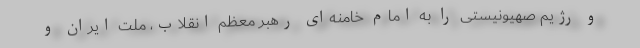
و رژیم صهیونیستی را به امام خامنه‌ای رهبر معظم انقلاب، ملت ایران و